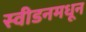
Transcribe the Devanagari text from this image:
स्वीडनमधून